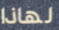
لهاذا